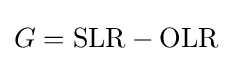
G=\mathrm {SLR} -\mathrm {OLR} \;